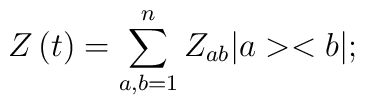
Z\left( t\right) =\sum_{a,b=1}^{n}Z_{ab}|a><b|;